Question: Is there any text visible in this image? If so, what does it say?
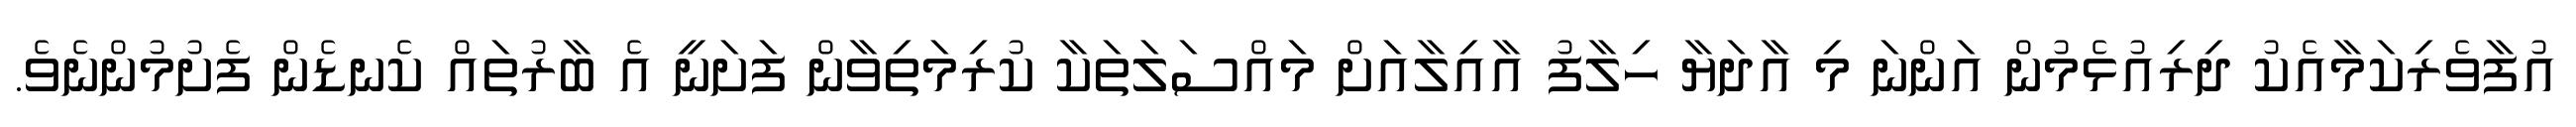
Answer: އުފާވެރިކަމާއެކު ދިރިއުޅެމުން އަންނަ މި އާދަޔާ ހިލާފު އާއިލާއަށް މައްސަލަތަކާ ކުރިމަތިވާން ފަށަނީ އެ ބާރުތައް ކެނޑެން ފެށުމުންނެވެ.